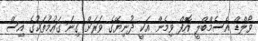
ވޯލްޑް އެސެމްބްލީ އޮފް ވިމެން އަކީ ދުނިޔޭގެ ވަރަށް ގިނަ ގައުމުތަކުގެ އިސް